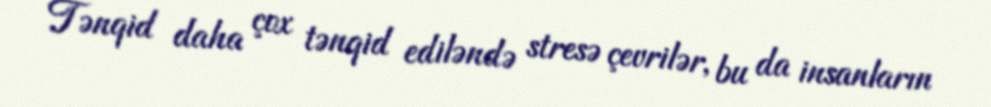
Tənqid daha çox tənqid ediləndə stresə çevrilər, bu da insanların